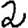
Digit: 2